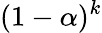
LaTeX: (1-\alpha)^{k}